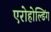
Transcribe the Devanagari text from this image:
एरोहोल्डिंग